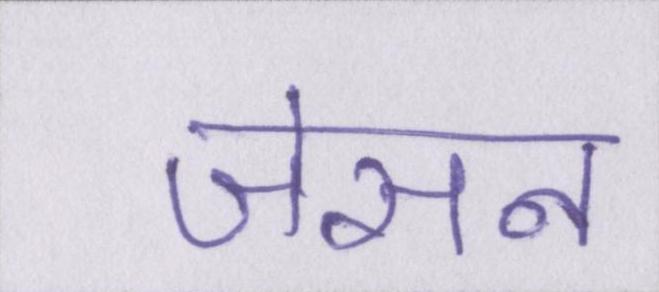
जेसन